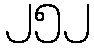
၂၅၂